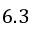
6 . 3